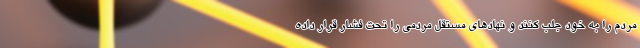
مردم را به خود جلب کنند و نهادهای مستقل مردمی را تحت فشار قرار داده